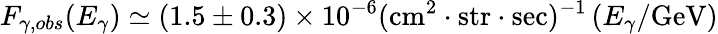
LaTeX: F_{\gamma,obs}(E_{\gamma})\simeq(1.5\pm 0.3)\times 10^{-6}(\mathrm{cm^{2}}\cdot\mathrm{str}\cdot\mathrm{sec})^{-1}\left(E_{\gamma}/\mathrm{GeV}\right)